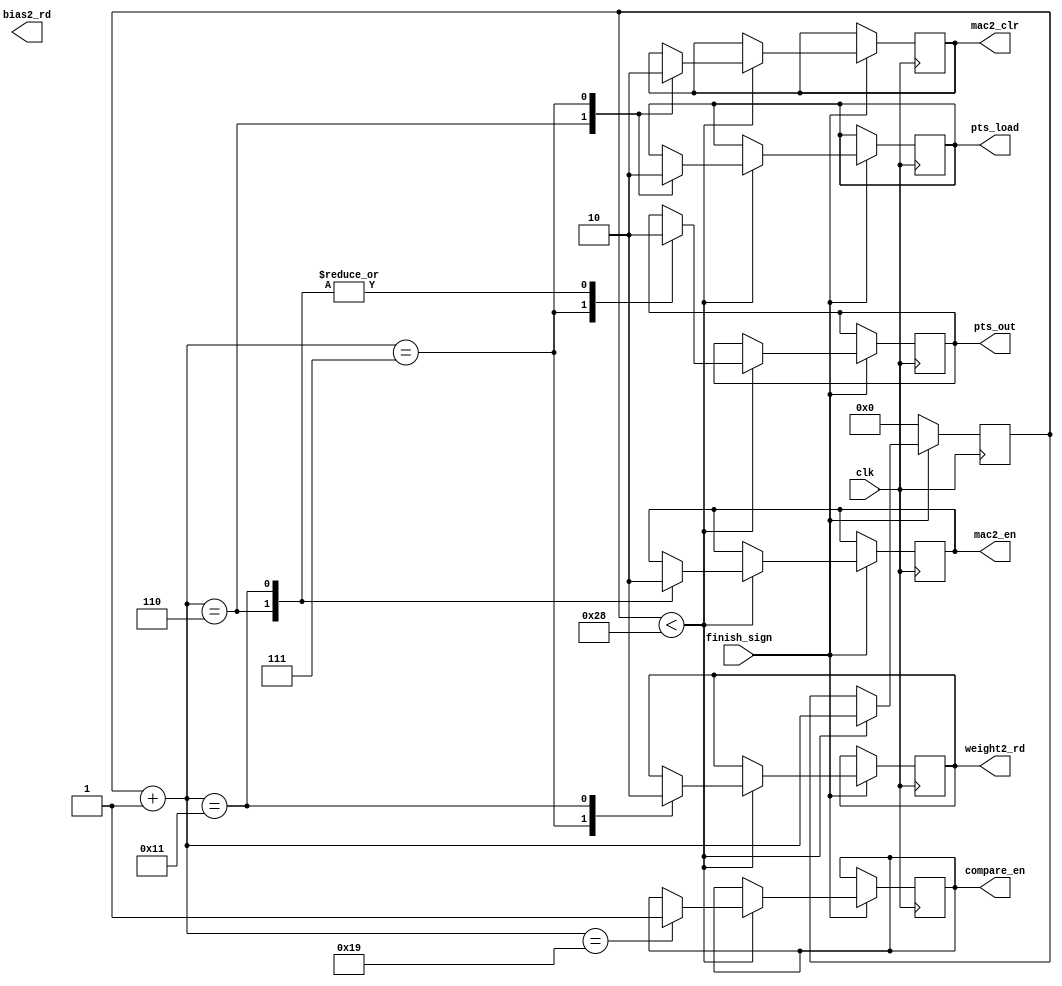
module signal_control(finish_sign,pts_load,pts_out,weight2_rd,mac2_en,mac2_clr,bias2_rd,compare_en,clk);
input finish_sign,clk;
output reg pts_load,pts_out,weight2_rd,mac2_en,bias2_rd,mac2_clr,compare_en;
reg [5:0]counter;
always@(posedge clk)
begin
if(finish_sign==0)
begin
counter<=0;
end
else
begin
if(counter<40)
begin
counter=counter+1;
case (counter)
6'b000110:
begin
pts_load<=1;
pts_out<=0;
mac2_clr<=1;
mac2_en<=1;
end
6'b000111:
begin
pts_load<=0;
pts_out<=1;
weight2_rd<=1;
mac2_clr<=0;
end
6'b010001: 
begin
mac2_en<=0;
weight2_rd=0;
pts_out<=0;
end
6'b011001: 
begin
compare_en<=1;
end
endcase
end
else if(counter>40)
begin
end
end
end
endmodule